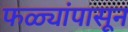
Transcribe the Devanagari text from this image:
फळ्यांपासून